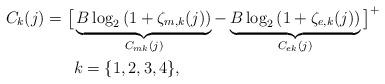
LaTeX: \begin{align*}C_{k}(j)=\big[&\underbrace{B\log_{2}\left(1+\zeta_{m,k}(j)\right)}_{C_{mk}(j)}-\underbrace{B\log_{2}\left(1+\zeta_{e,k}(j)\right)}_{C_{ek}(j)}\big]^+\\&k=\{1,2,3,4\}, \end{align*}